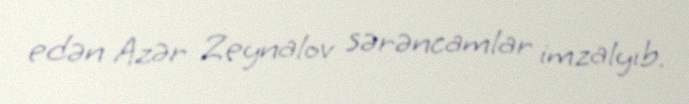
edən Azər Zeynalov sərəncamlar imzalyıb.